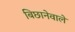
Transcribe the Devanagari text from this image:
बिछानेवाले